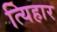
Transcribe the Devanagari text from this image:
त्यिहार